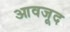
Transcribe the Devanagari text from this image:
आवजूद